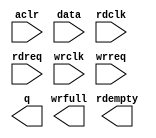
// megafunction wizard: %FIFO%VBB%
// GENERATION: STANDARD
// VERSION: WM1.0
// MODULE: dcfifo 

// ============================================================
// Megafunction Name(s):
// 			dcfifo
//
// Simulation Library Files(s):
// 			altera_mf
// ============================================================
// ************************************************************
// THIS IS A WIZARD-GENERATED FILE. DO NOT EDIT THIS FILE!
//
// 20.1.1 Build 720 11/11/2020 SJ Standard Edition
// ************************************************************

//Copyright (C) 2020  Intel Corporation. All rights reserved.
//Your use of Intel Corporation's design tools, logic functions 
//and other software and tools, and any partner logic 
//functions, and any output files from any of the foregoing 
//(including device programming or simulation files), and any 
//associated documentation or information are expressly subject 
//to the terms and conditions of the Intel Program License 
//Subscription Agreement, the Intel Quartus Prime License Agreement,
//the Intel FPGA IP License Agreement, or other applicable license
//agreement, including, without limitation, that your use is for
//the sole purpose of programming logic devices manufactured by
//Intel and sold by Intel or its authorized distributors.  Please
//refer to the applicable agreement for further details, at
//https://fpgasoftware.intel.com/eula.

module serial_fifo (
	aclr,
	data,
	rdclk,
	rdreq,
	wrclk,
	wrreq,
	q,
	rdempty,
	wrfull);

	input	  aclr;
	input	[7:0]  data;
	input	  rdclk;
	input	  rdreq;
	input	  wrclk;
	input	  wrreq;
	output	[7:0]  q;
	output	  rdempty;
	output	  wrfull;
`ifndef ALTERA_RESERVED_QIS
// synopsys translate_off
`endif
	tri0	  aclr;
`ifndef ALTERA_RESERVED_QIS
// synopsys translate_on
`endif

endmodule

// ============================================================
// CNX file retrieval info
// ============================================================
// Retrieval info: PRIVATE: AlmostEmpty NUMERIC "0"
// Retrieval info: PRIVATE: AlmostEmptyThr NUMERIC "-1"
// Retrieval info: PRIVATE: AlmostFull NUMERIC "0"
// Retrieval info: PRIVATE: AlmostFullThr NUMERIC "-1"
// Retrieval info: PRIVATE: CLOCKS_ARE_SYNCHRONIZED NUMERIC "0"
// Retrieval info: PRIVATE: Clock NUMERIC "4"
// Retrieval info: PRIVATE: Depth NUMERIC "256"
// Retrieval info: PRIVATE: Empty NUMERIC "1"
// Retrieval info: PRIVATE: Full NUMERIC "1"
// Retrieval info: PRIVATE: INTENDED_DEVICE_FAMILY STRING "Cyclone V"
// Retrieval info: PRIVATE: LE_BasedFIFO NUMERIC "0"
// Retrieval info: PRIVATE: LegacyRREQ NUMERIC "0"
// Retrieval info: PRIVATE: MAX_DEPTH_BY_9 NUMERIC "0"
// Retrieval info: PRIVATE: OVERFLOW_CHECKING NUMERIC "0"
// Retrieval info: PRIVATE: Optimize NUMERIC "2"
// Retrieval info: PRIVATE: RAM_BLOCK_TYPE NUMERIC "0"
// Retrieval info: PRIVATE: SYNTH_WRAPPER_GEN_POSTFIX STRING "0"
// Retrieval info: PRIVATE: UNDERFLOW_CHECKING NUMERIC "0"
// Retrieval info: PRIVATE: UsedW NUMERIC "1"
// Retrieval info: PRIVATE: Width NUMERIC "8"
// Retrieval info: PRIVATE: dc_aclr NUMERIC "1"
// Retrieval info: PRIVATE: diff_widths NUMERIC "0"
// Retrieval info: PRIVATE: msb_usedw NUMERIC "0"
// Retrieval info: PRIVATE: output_width NUMERIC "8"
// Retrieval info: PRIVATE: rsEmpty NUMERIC "1"
// Retrieval info: PRIVATE: rsFull NUMERIC "0"
// Retrieval info: PRIVATE: rsUsedW NUMERIC "0"
// Retrieval info: PRIVATE: sc_aclr NUMERIC "0"
// Retrieval info: PRIVATE: sc_sclr NUMERIC "0"
// Retrieval info: PRIVATE: wsEmpty NUMERIC "0"
// Retrieval info: PRIVATE: wsFull NUMERIC "1"
// Retrieval info: PRIVATE: wsUsedW NUMERIC "0"
// Retrieval info: LIBRARY: altera_mf altera_mf.altera_mf_components.all
// Retrieval info: CONSTANT: INTENDED_DEVICE_FAMILY STRING "Cyclone V"
// Retrieval info: CONSTANT: LPM_NUMWORDS NUMERIC "256"
// Retrieval info: CONSTANT: LPM_SHOWAHEAD STRING "ON"
// Retrieval info: CONSTANT: LPM_TYPE STRING "dcfifo"
// Retrieval info: CONSTANT: LPM_WIDTH NUMERIC "8"
// Retrieval info: CONSTANT: LPM_WIDTHU NUMERIC "8"
// Retrieval info: CONSTANT: OVERFLOW_CHECKING STRING "ON"
// Retrieval info: CONSTANT: RDSYNC_DELAYPIPE NUMERIC "5"
// Retrieval info: CONSTANT: READ_ACLR_SYNCH STRING "OFF"
// Retrieval info: CONSTANT: UNDERFLOW_CHECKING STRING "ON"
// Retrieval info: CONSTANT: USE_EAB STRING "ON"
// Retrieval info: CONSTANT: WRITE_ACLR_SYNCH STRING "OFF"
// Retrieval info: CONSTANT: WRSYNC_DELAYPIPE NUMERIC "5"
// Retrieval info: USED_PORT: aclr 0 0 0 0 INPUT GND "aclr"
// Retrieval info: USED_PORT: data 0 0 8 0 INPUT NODEFVAL "data[7..0]"
// Retrieval info: USED_PORT: q 0 0 8 0 OUTPUT NODEFVAL "q[7..0]"
// Retrieval info: USED_PORT: rdclk 0 0 0 0 INPUT NODEFVAL "rdclk"
// Retrieval info: USED_PORT: rdempty 0 0 0 0 OUTPUT NODEFVAL "rdempty"
// Retrieval info: USED_PORT: rdreq 0 0 0 0 INPUT NODEFVAL "rdreq"
// Retrieval info: USED_PORT: wrclk 0 0 0 0 INPUT NODEFVAL "wrclk"
// Retrieval info: USED_PORT: wrfull 0 0 0 0 OUTPUT NODEFVAL "wrfull"
// Retrieval info: USED_PORT: wrreq 0 0 0 0 INPUT NODEFVAL "wrreq"
// Retrieval info: CONNECT: @aclr 0 0 0 0 aclr 0 0 0 0
// Retrieval info: CONNECT: @data 0 0 8 0 data 0 0 8 0
// Retrieval info: CONNECT: @rdclk 0 0 0 0 rdclk 0 0 0 0
// Retrieval info: CONNECT: @rdreq 0 0 0 0 rdreq 0 0 0 0
// Retrieval info: CONNECT: @wrclk 0 0 0 0 wrclk 0 0 0 0
// Retrieval info: CONNECT: @wrreq 0 0 0 0 wrreq 0 0 0 0
// Retrieval info: CONNECT: q 0 0 8 0 @q 0 0 8 0
// Retrieval info: CONNECT: rdempty 0 0 0 0 @rdempty 0 0 0 0
// Retrieval info: CONNECT: wrfull 0 0 0 0 @wrfull 0 0 0 0
// Retrieval info: GEN_FILE: TYPE_NORMAL serial_fifo.v TRUE
// Retrieval info: GEN_FILE: TYPE_NORMAL serial_fifo.inc FALSE
// Retrieval info: GEN_FILE: TYPE_NORMAL serial_fifo.cmp FALSE
// Retrieval info: GEN_FILE: TYPE_NORMAL serial_fifo.bsf FALSE
// Retrieval info: GEN_FILE: TYPE_NORMAL serial_fifo_inst.v FALSE
// Retrieval info: GEN_FILE: TYPE_NORMAL serial_fifo_bb.v TRUE
// Retrieval info: LIB_FILE: altera_mf